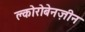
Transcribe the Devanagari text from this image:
क्लोरोबेनज़ीन